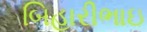
બિહારીભાઇ